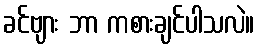
ခင်ဗျား ဘာ ကစားချင်ပါသလဲ။